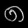
Digit: ၈